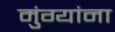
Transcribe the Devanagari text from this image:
मुंग्यांना